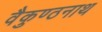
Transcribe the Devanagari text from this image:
वैकुण्ठनाथ